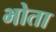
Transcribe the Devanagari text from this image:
भोता